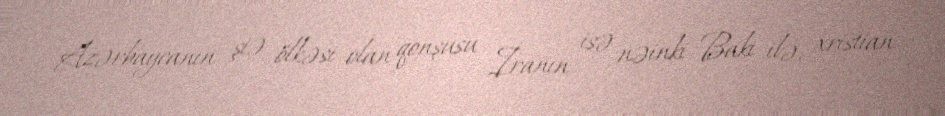
Azərbaycanın şiə ölkəsi olan qonşusu İranın isə nəinki Bakı ilə, xristian